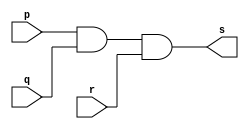
// Exercicio08 - AND  
// Nome: Julio Miranda Machado 

// -- and gate

module andgate(output s, input p, input q, input r);
 assign s = p & q & r;
endmodule // andgate

module testandgate;
 reg a, b, c;
 wire s;
 
andgate AND1(s, a, b, c);

initial begin: start
	a = 0;
	b = 0;
	c = 0;
end

initial begin: main
	$display("Exercicio0008 - Julio Miranda Machado - 435666"); 
	$display("Test and gate"); 
	$display("\na &  b & c = s\n"); 
		a = 0; b = 0; c = 0; 
	#1 $display("%b & %b & %b = %b", a, b, c, s); 
		a = 0; b = 0; c = 1; 
	#1 $display("%b & %b & %b = %b", a, b, c, s); 
		a = 0; b = 1; c = 0; 
	#1 $display("%b & %b & %b = %b", a, b, c, s); 
		a = 0; b = 1; c = 1; 
	#1 $display("%b & %b & %b = %b", a, b, c, s); 
		a = 1; b = 0; c = 0; 
	#1 $display("%b & %b & %b = %b", a, b, c, s);
		a = 1; b = 0; c = 1; 
	#1 $display("%b & %b & %b = %b", a, b, c, s);
		a = 1; b = 1; c = 0; 
	#1 $display("%b & %b & %b = %b", a, b, c, s);
		a = 1; b = 1; c = 1; 
	#1 $display("%b & %b & %b = %b", a, b, c, s);
end 
endmodule // testandgate